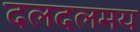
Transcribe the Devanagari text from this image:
दलदलमय